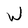
Character: W